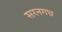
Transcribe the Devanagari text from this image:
सरनगध्र